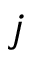
j